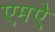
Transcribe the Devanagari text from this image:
एमऐ